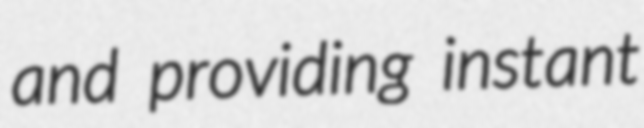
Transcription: and providing instant